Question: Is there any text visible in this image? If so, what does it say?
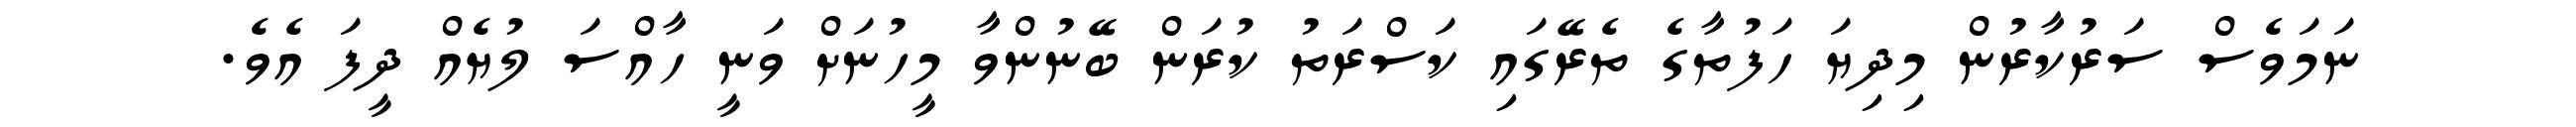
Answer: ނަމަވެސް ސަރުކާރުން މިދިޔަ ހަފުތާގެ ތެރޭގައި ކަސްރަތު ކުރަން ބޭނުންވާ މީހުނަށް ވަނީ ހާއްސަ ލުޔެއް ދީފަ އެވެ.